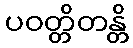
ပဝတ္တိတန္တိ